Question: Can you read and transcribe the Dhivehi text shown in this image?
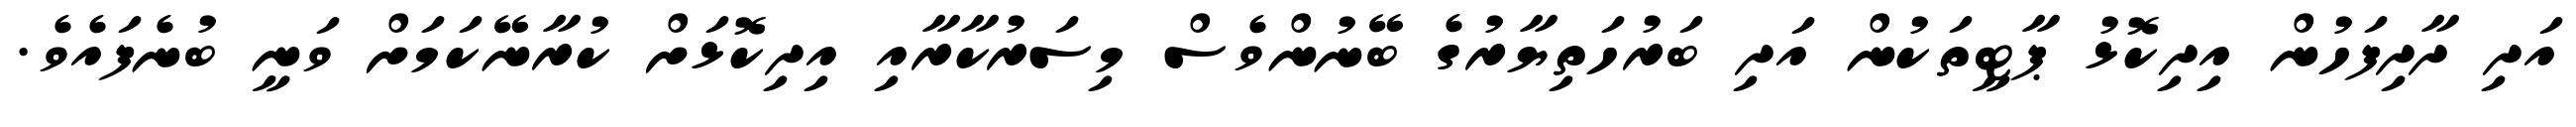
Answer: އަދި ދާދިފަހުން އިދިކޮޅު ޕާޓީތަކުން އަދި ބަރުހަތިޔާރުގެ ބޭނުންވެސް މިސަރުކާރާއި އިދިކޮޅަށް ކުރާނޭކަމަށް ވަނީ ބުނެފައެވެ.